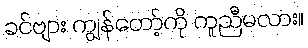
ခင်ဗျား ကျွန်တော့်ကို ကူညီမလား။